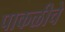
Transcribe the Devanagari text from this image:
पाकळीचे